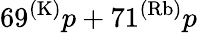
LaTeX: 69^{(\mathrm{K)}}p+71^{(\mathrm{Rb)}}p